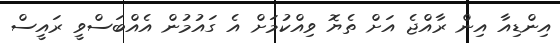
އިންޑިއާ އިން ރާއްޖެ އަށް ތެޔޮ ވިއްކުމަށް އެ ގައުމުން އެއްބަސްވީ ރައީސް